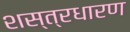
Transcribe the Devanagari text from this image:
शस्त्रधारण